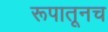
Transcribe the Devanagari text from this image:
रूपातूनच